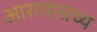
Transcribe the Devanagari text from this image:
आसपासच्य